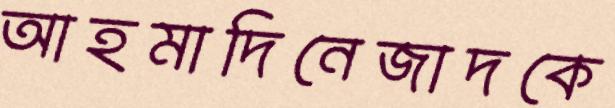
আহমাদিনেজাদকে